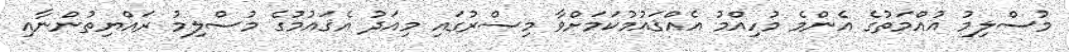
މުސްލިމު އުއްމަތުގެ އެންމެ މުހިއްމު އެއްޤައުމުކަމަށްވާ މިޞްރުގައި މިއަދު އެޤައުމުގެ މުސްލިމު ރައްޔިތުންނާއި